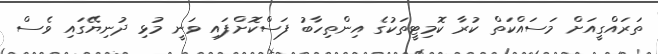
ތަރައްގީއަށް މަސައްކަތް ކުރާ ކޮމިޓީތަކުގެ އިންތިހާބު ފަސްކޮށްފައި ވަނީ މުޅި ދުނިޔޭގައި ވެސް